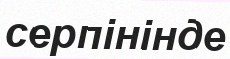
серпінінде